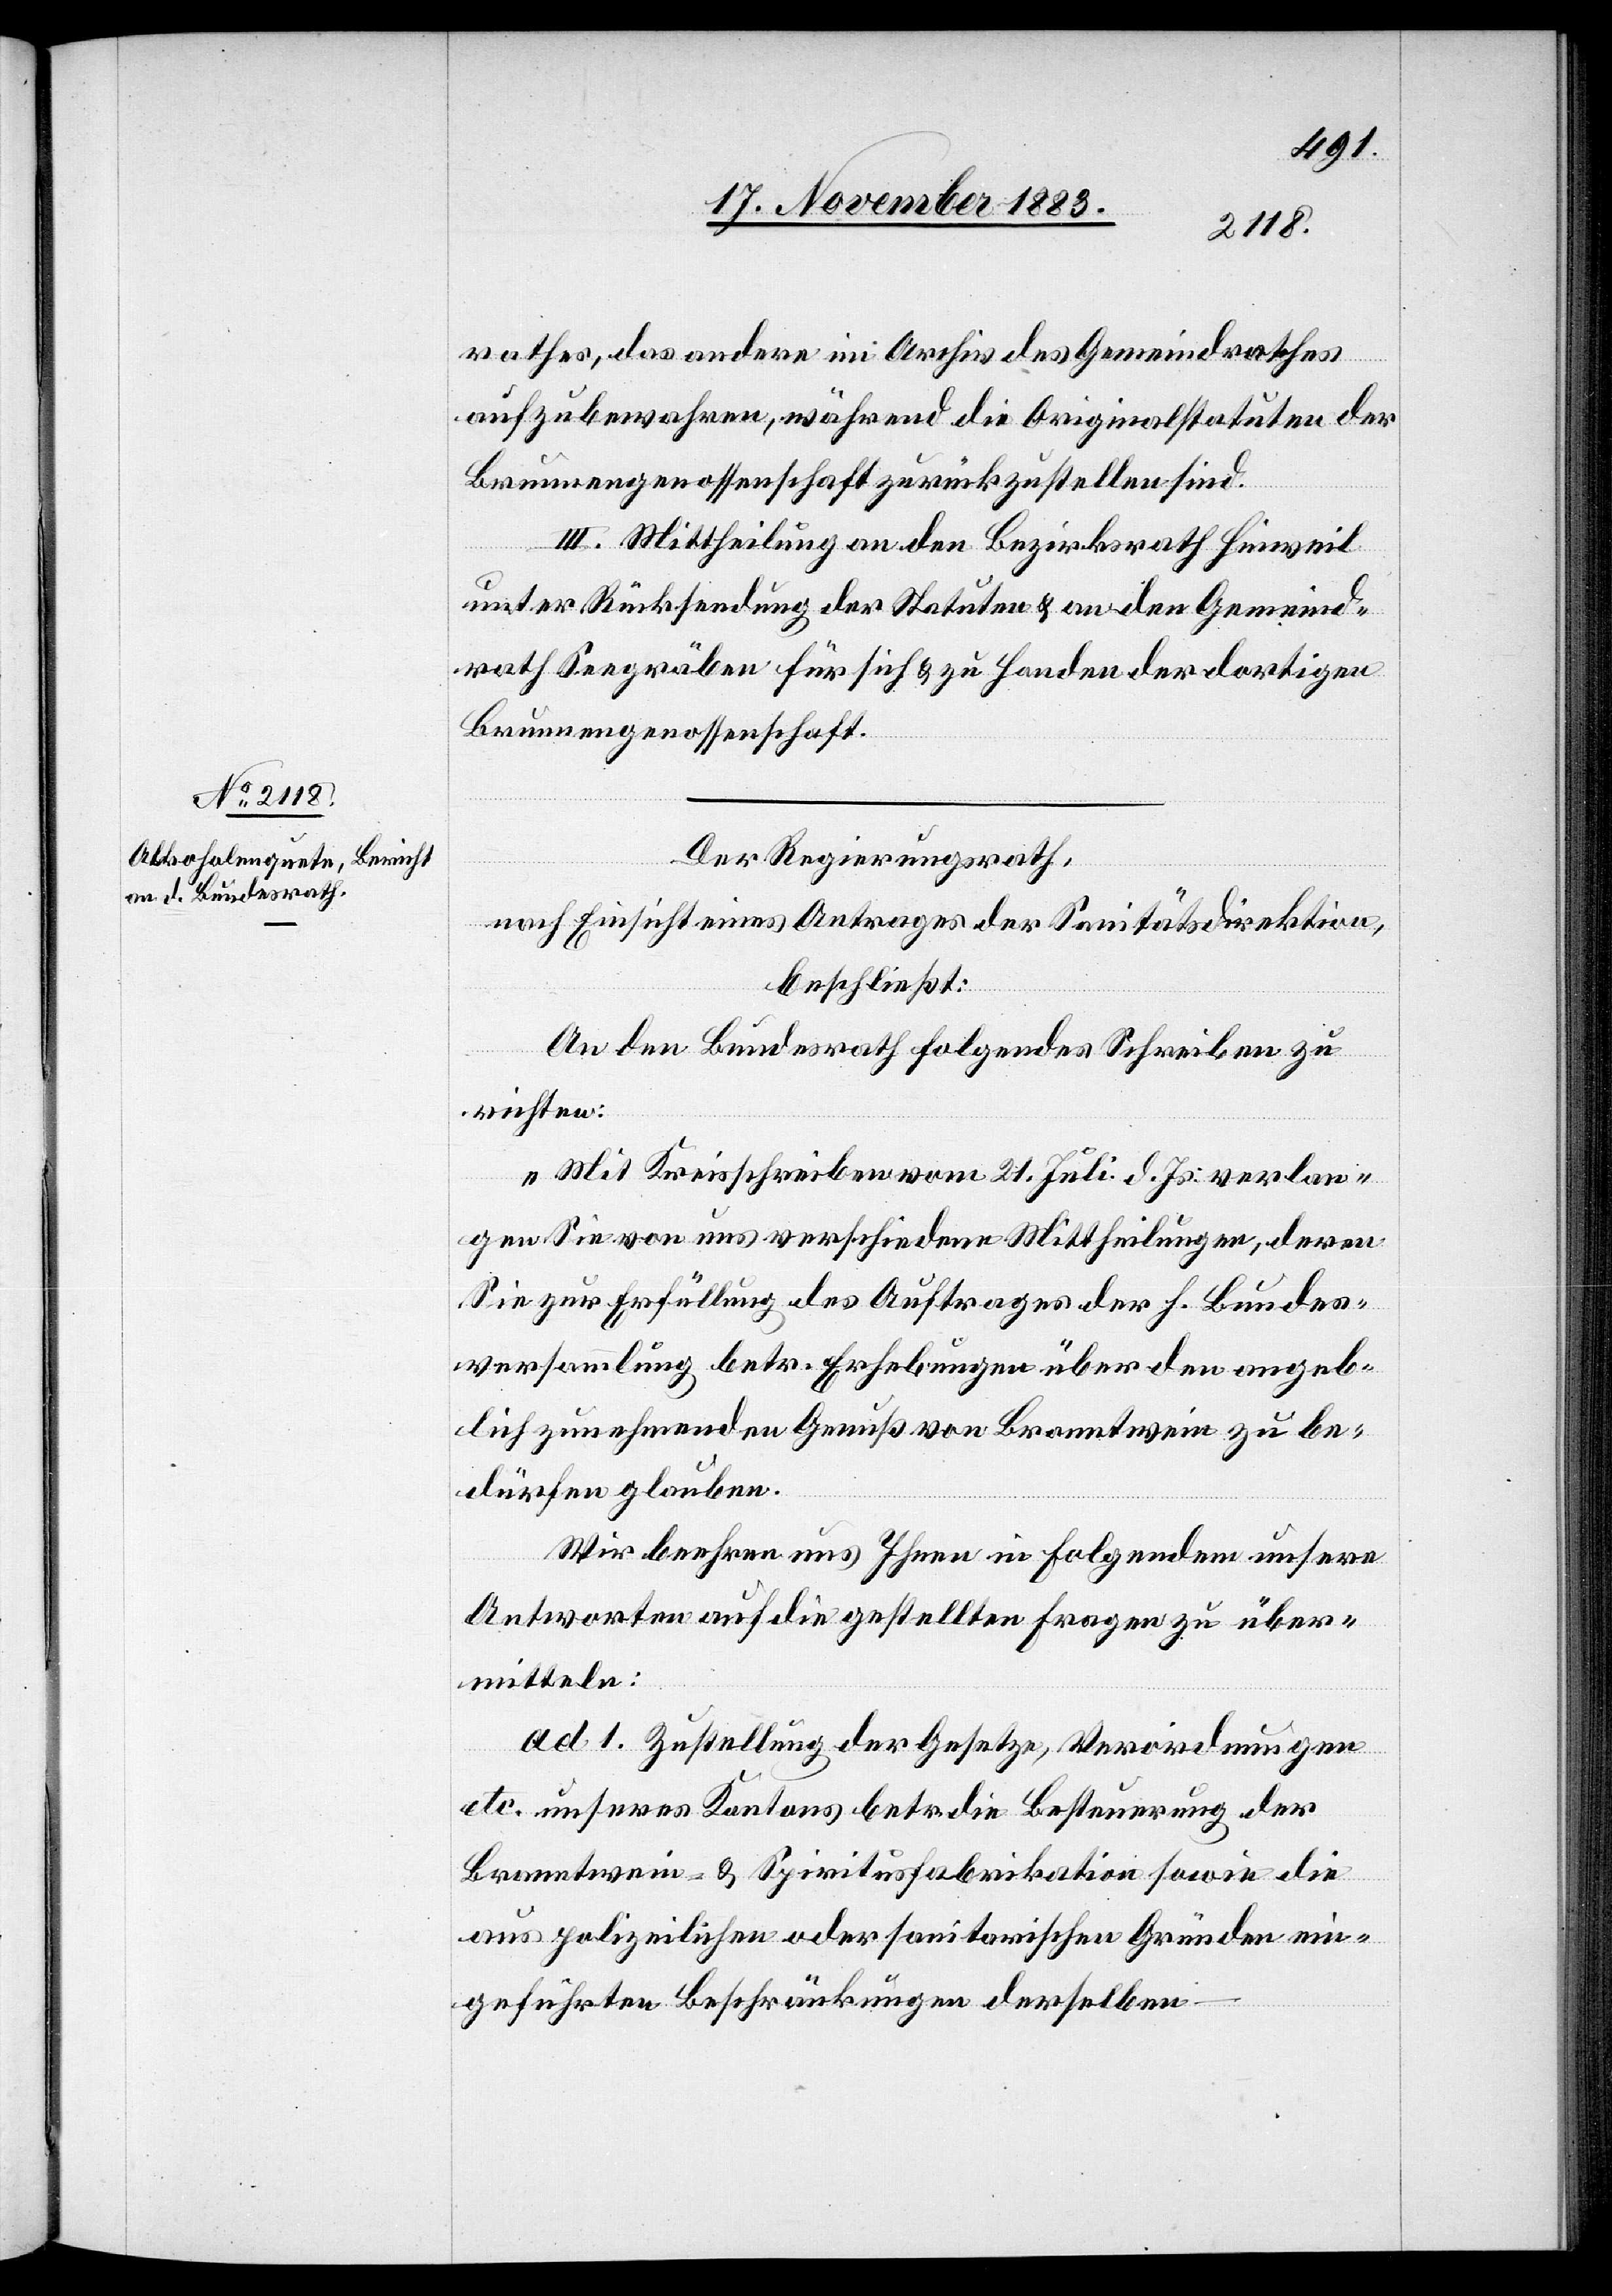
rathes, das andere im Archiv des Gemeindrathes
aufzubewahren, während die Originalstatuten der
Brunnengenossenschaft zurückzustellen sind.
III. Mittheilung an den Bezirksrath Hinweil
unter Rücksendung der Statuten & an den Gemeind¬
rath Seegräben für sich & zu Handen der dortigen
Brunnengenossenschaft.
Der Regierungsrath,
nach Einsicht eines Antrages der Sanitätsdirektion,
beschließt:
An den Bundesrath folgendes Schreiben zu
richten:
„Mit Kreisschreiben vom 21. Juli d. Js. verlan¬
gen Sie von uns verschiedene Mittheilungen, deren
Sie zur Erfüllung des Auftrages der h. Bundes¬
versammlung betr. Erhebungen über den angeb¬
lich zunehmenden Genuß von Branntwein zu be¬
dürfen glauben.
Wir beehren uns Ihnen in Folgendem unsere
Antworten auf die gestellten Fragen zu über¬
mitteln:
ad 1. Zustellung der Gesetze, Verordnungen
etc. unseres Kanons betr. die Besteuerung der
Branntwein- & Spiritusfabrikation sowie die
aus polizeilichen oder sanitarischen Gründen ein¬
geführten Beschränkungen derselben